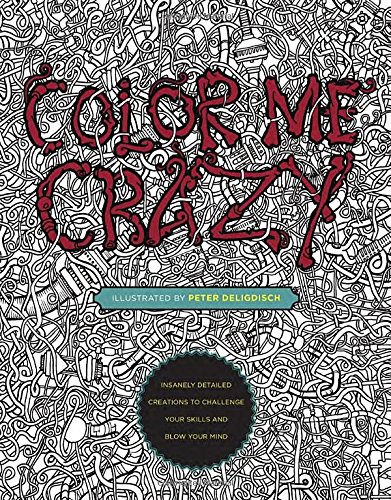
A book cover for Color Me Crazy: Insanely Detailed Creations to Challenge Your Skills and Blow Your Mind; Peter Deligdisch; Humor & Entertainment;